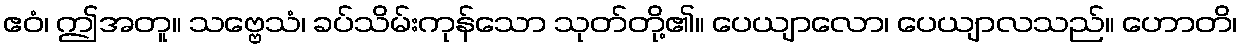
ဧဝံ၊ ဤအတူ။ သဗ္ဗေသံ၊ ခပ်သိမ်းကုန်သော သုတ်တို့၏။ ပေယျာလော၊ ပေယျာလသည်။ ဟောတိ၊